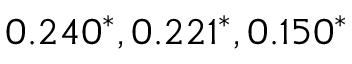
0 . 2 4 0 ^ { * } , 0 . 2 2 1 ^ { * } , 0 . 1 5 0 ^ { * }